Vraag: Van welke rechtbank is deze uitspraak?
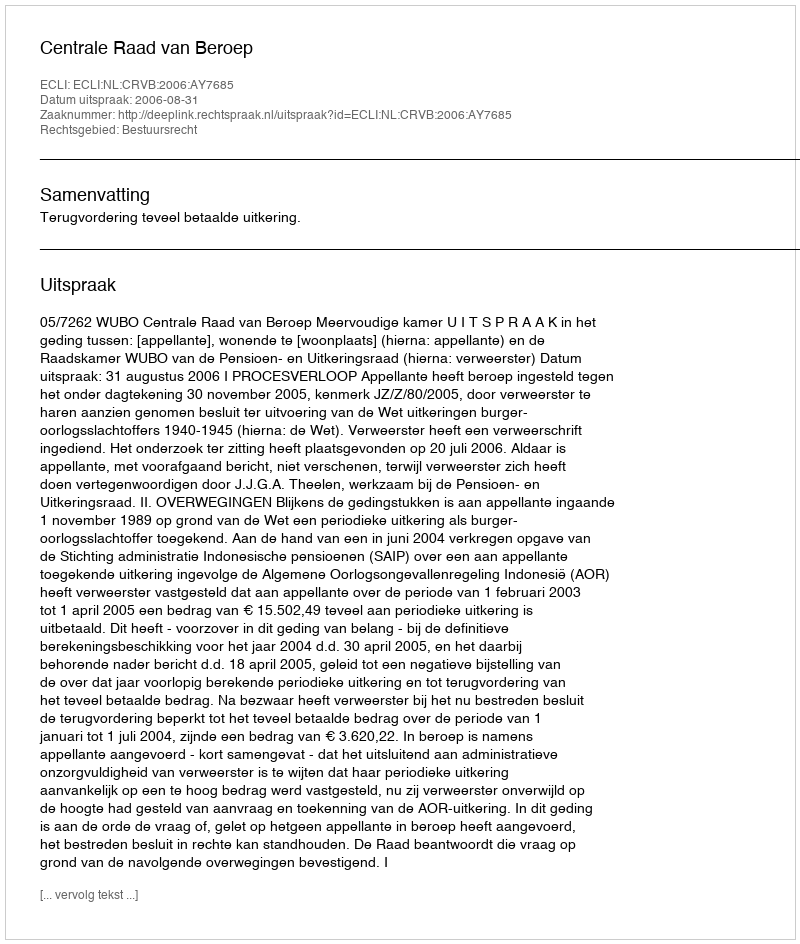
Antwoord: Centrale Raad van Beroep